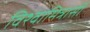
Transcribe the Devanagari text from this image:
विश्वामित्रासी